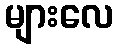
များလေ